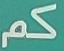
كم